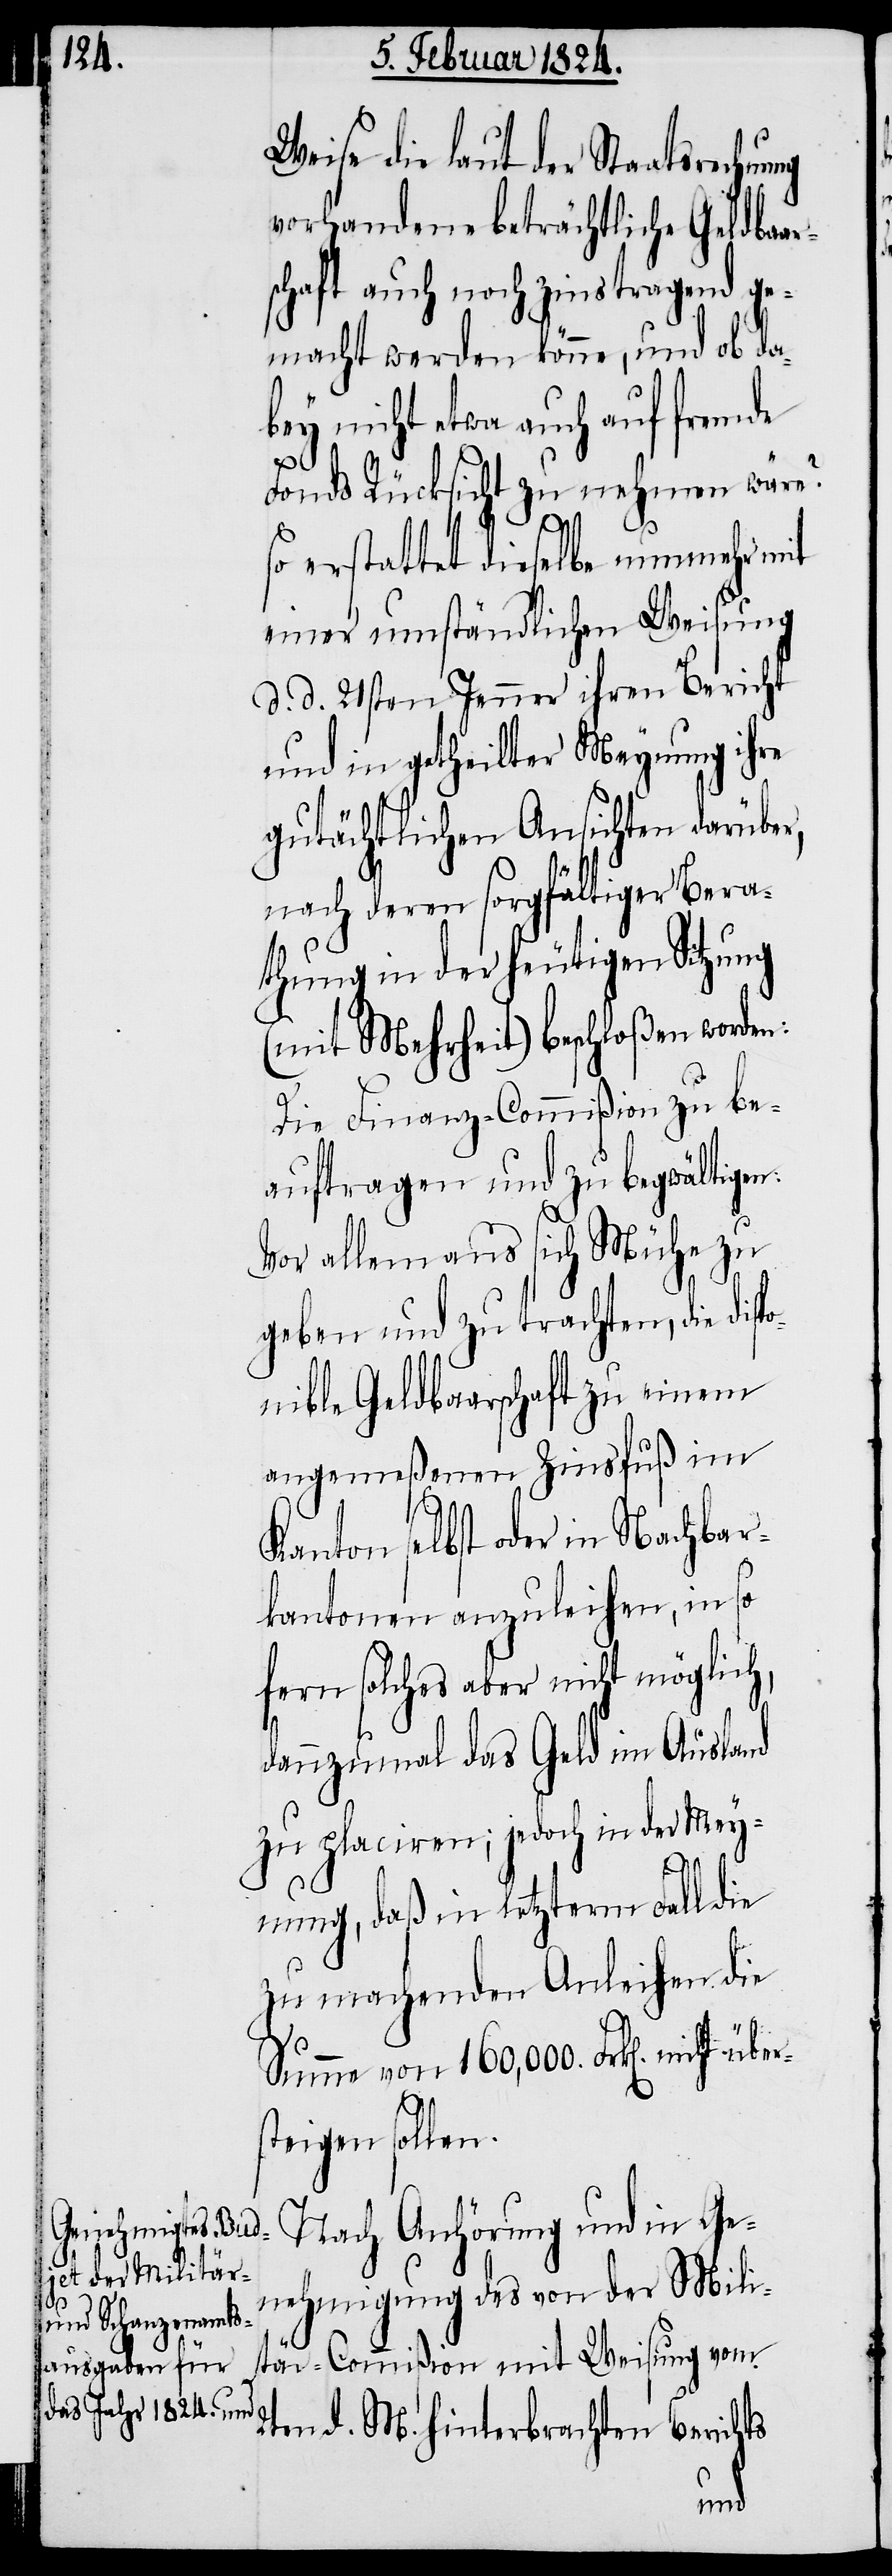
Weise die laut der Staatsrechn¬
vorhandene beträchtliche Geldbaar¬
schaft auch noch zinstragend ge¬
macht werden könne, und ob da¬
bey nicht etwa auch auf fremde
Fonds Rücksicht zu nehmen wäre?
so erstattet dieselbe nunmehr mit
einer umständlichen Weisung
d. d. 21sten Jenner ihren Bericht
und in getheilter Meynung ihre
gutächtlichen Ansichten darüber,
nach deren sorgfältiger Bera¬
thung in der heutigen Sitzung
(mit Mehrheit) beschloßen worden:
r¬
Die Finanz-Commißion zu be¬
auftragen und zu begwältigen:
Vor allem aus sich Mühe zu
geben und zu trachten, die disp¬
onible Geldbaarschaft zu einem
angemeßenen Zinsfluß im
Kanton selbst oder in Nachbar¬
kantonen anzuleihen, in so
fern solches aber nicht möglich,
dannzumal das Geld im Ausland
zu glaciren; jedoch in der Mey¬
nung, daß in letzterm Fall die
zu machenden Anleihen die
Summe von 160'000. Frk[en]. nicht
steigen sollen.
Nach Anhörung und in Ge¬
nehmigung des von der Mili¬
tär-Commißion mit Weisung vom
2ten d. M. hinterbrachten Berichts
übe¬